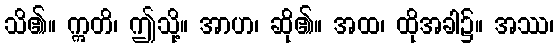
သိ၏။ ဣတိ၊ ဤသို့။ အာဟ၊ ဆို၏။ အထ၊ ထိုအခါ၌။ အဿ၊